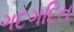
ગદગદિત